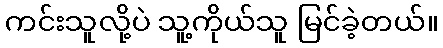
ကင်းသူလို့ပဲ သူ့ကိုယ်သူ မြင်ခဲ့တယ်။